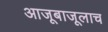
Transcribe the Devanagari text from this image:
आजूबाजूलाच